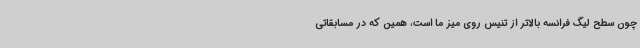
چون سطح لیگ فرانسه بالاتر از تنیس روی میز ما است، همین که در مسابقاتی